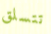
تتسلق